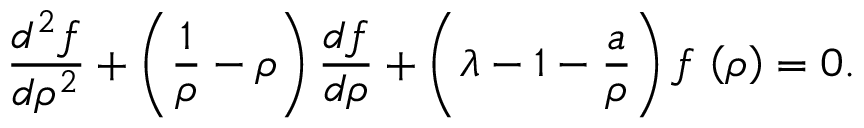
\frac { d ^ { 2 } f } { d \rho ^ { 2 } } + \left( \frac { 1 } { \rho } - \rho \right) \frac { d f } { d \rho } + \left( \lambda - 1 - \frac { a } { \rho } \right) f \, \left( \rho \right) = 0 .